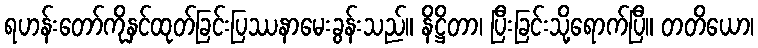
ရဟန်းတော်ကိုနှင်ထုတ်ခြင်းပြဿနာမေးခွန်းသည်။ နိဋ္ဌိတာ၊ ပြီးခြင်းသို့ရောက်ပြီ။ တတိယော၊